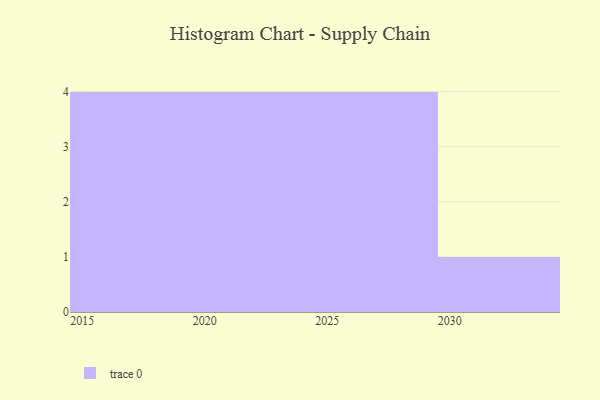
{"axis": {"x": "Year", "y": "Budget (USD K)"}, "legend": [""], "data": [{"x": "2029", "y": 87, "type": ""}, {"x": "2022", "y": 54, "type": ""}, {"x": "2015", "y": 32, "type": ""}, {"x": "2017", "y": 93, "type": ""}, {"x": "2021", "y": 67, "type": ""}, {"x": "2028", "y": 80, "type": ""}, {"x": "2026", "y": 67, "type": ""}, {"x": "2020", "y": 87, "type": ""}, {"x": "2019", "y": 36, "type": ""}, {"x": "2016", "y": 95, "type": ""}, {"x": "2024", "y": 49, "type": ""}, {"x": "2030", "y": 2, "type": ""}, {"x": "2025", "y": 46, "type": ""}]}